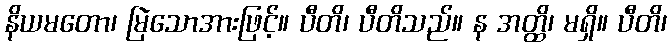
နိယမတော၊ မြဲသောအားဖြင့်။ ပီတိ၊ ပီတိသည်။ န အတ္ထိ၊ မရှိ။ ပီတိ၊